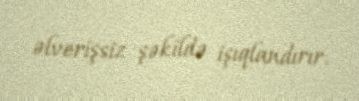
əlverişsiz şəkildə işıqlandırır.